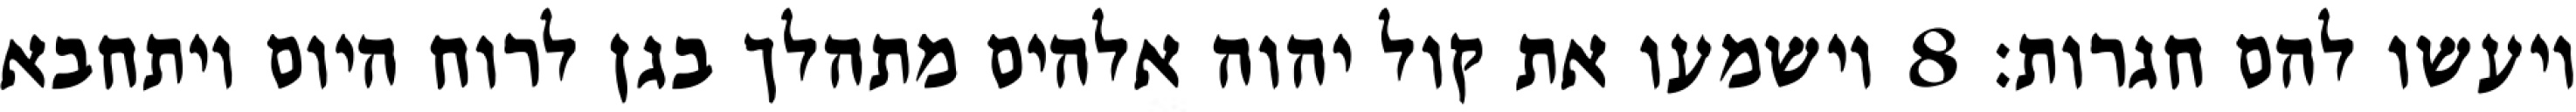
ויעשו להם חגרות׃ ‎8‏ וישמעו את קול יהוה אלהים מתהלך בגן לרוח היום ויתחבא